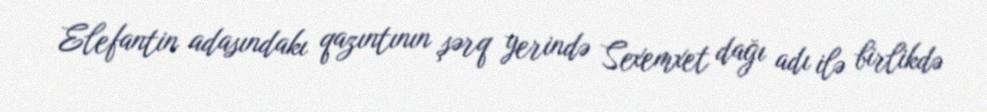
Elefantin adasındakı qazıntının şərq yerində Sexemxet dağı adı ilə birlikdə